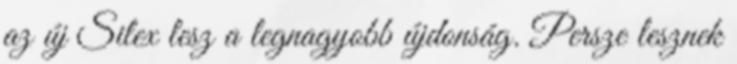
az új Silex lesz a legnagyobb újdonság. Persze lesznek